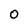
Character: O